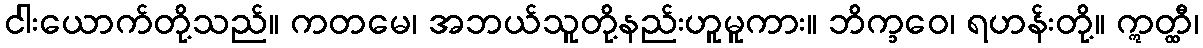
ငါးယောက်တို့သည်။ ကတမေ၊ အဘယ်သူတို့နည်းဟူမူကား။ ဘိက္ခဝေ၊ ရဟန်းတို့။ ဣတ္ထီ၊